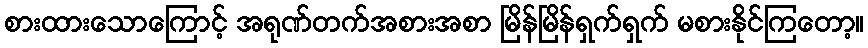
စားထားသောကြောင့် အရုဏ်တက်အစားအစာ မြိန်မြိန်ရှက်ရှက် မစားနိုင်ကြတော့။